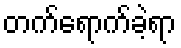
တက်ရောက်ခဲ့ရာ